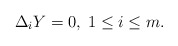
\begin{align*} \Delta_i Y = 0 ,\; 1 \leq i \leq m . \end{align*}